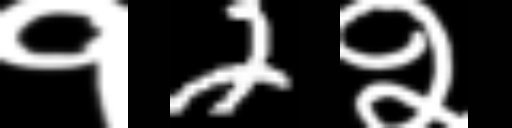
Text: १2२